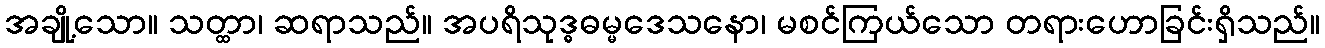
အချို့သော။ သတ္ထာ၊ ဆရာသည်။ အပရိသုဒ္ဓဓမ္မဒေသနော၊ မစင်ကြယ်သော တရားဟောခြင်းရှိသည်။